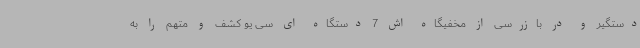
دستگیر و در بازرسی از مخفیگاه اش 7 دستگاه ای سی یو کشف و متهم را به